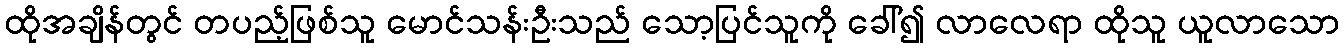
ထိုအချိန်တွင် တပည့်ဖြစ်သူ မောင်သန်းဦးသည် သော့ပြင်သူကို ခေါ်၍ လာလေရာ ထိုသူ ယူလာသော